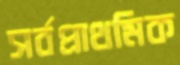
সর্বপ্রাথমিক